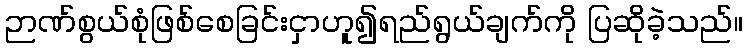
ဉာဏ်စွယ်စုံဖြစ်စေခြင်းငှာဟူ၍ရည်ရွယ်ချက်ကို ပြဆိုခဲ့သည်။